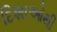
દિશાઓથી